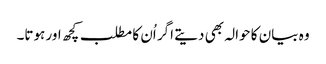
وہ بیان کا حوالہ بھی دیتے اگر اُن کا مطلب کچھ اور ہوتا۔